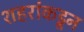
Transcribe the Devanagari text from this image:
शहरांकडून